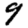
Digit: 9